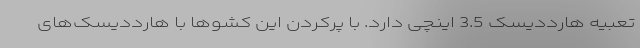
تعبیه هارددیسک 3.5 اینچی دارد. با پرکردن این کشوها با هارددیسک‌های